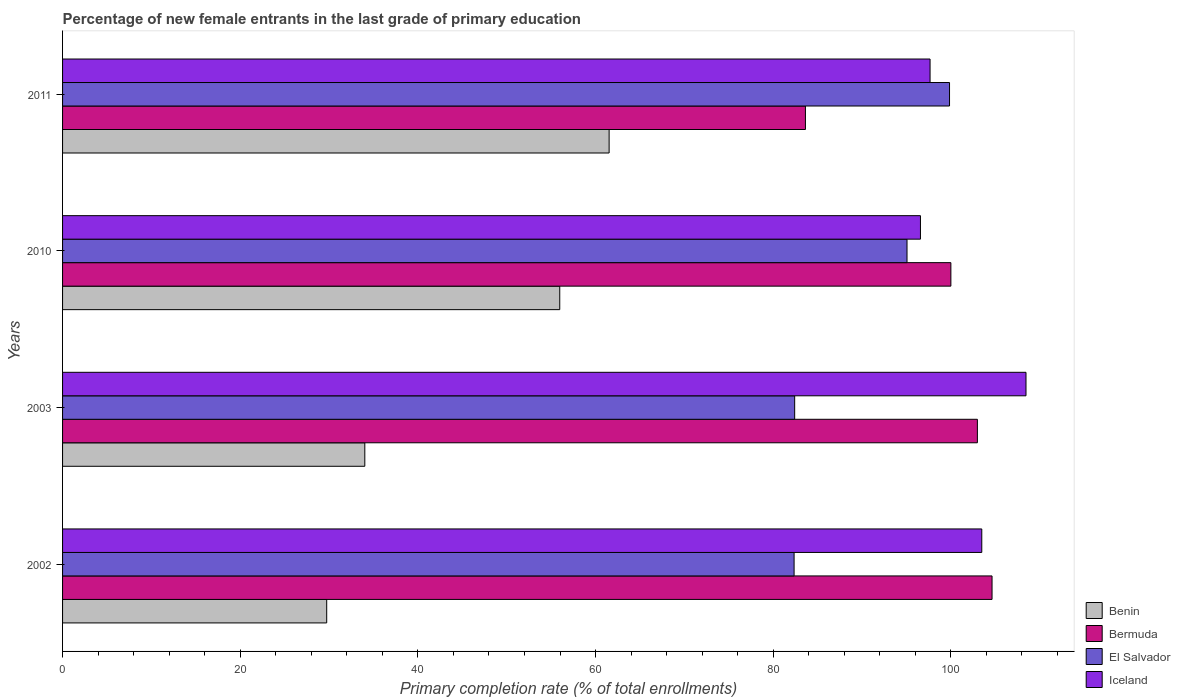
| Years | Benin | Bermuda | El Salvador | Iceland |
 | --- | --- | --- | --- | --- |
 | 2002 | 29.7 | 105 | 82.4 | 103 |
 | 2003 | 34 | 103 | 82.4 | 108 |
 | 2010 | 56 | 100 | 95.1 | 96.6 |
 | 2011 | 61.5 | 83.6 | 99.8 | 97.7 |